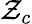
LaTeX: \mathcal{Z}_{c}